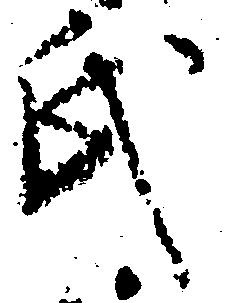
氏